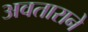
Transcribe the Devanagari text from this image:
अवताराने